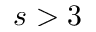
s > 3